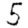
Digit: 5